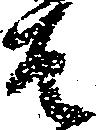
は